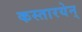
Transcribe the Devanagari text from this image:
कस्तारयेन्